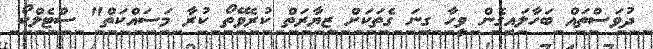
ދުވަސްތައް ބަހާލައިގެން ވީހާ ގިނަ ގެތަކަށް ޒިޔާރަތް ކުރެވޭތޯ ކުރާ މަސައްކަތް" ސްޓެލްކޯ